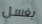
يغسل